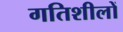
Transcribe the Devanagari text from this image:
गतिशीलों